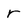
Character: r